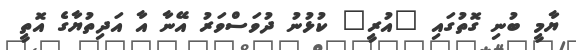
ޔާމީ ބުނި ގޮތުގައި "އުރީ" ކުޅުނު ދުވަސްވަރު އޭނާ އާ އަދިތުޔާގެ އޮތީ